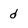
Character: d